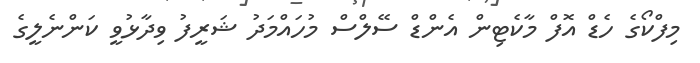
މިފްކޯގެ ހެޑް އޮފް މާކެޓިން އެންޑް ސޭލްސް މުހައްމަދު ޝަރީފު ވިދާޅުވީ ކަންނެލީގެ